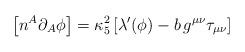
LaTeX: \begin{align*}\left[n^{A}\partial_{A}\phi\right]=\kappa_{5}^2\left[\lambda'(\phi)-b\,g^{\mu\nu}\tau_{\mu\nu}\right]\end{align*}